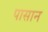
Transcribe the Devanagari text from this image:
पासान